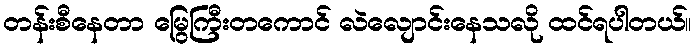
တန်းစီနေတာ မြွေကြီးတကောင် လဲလျောင်းနေသလို ထင်ရပါတယ်။